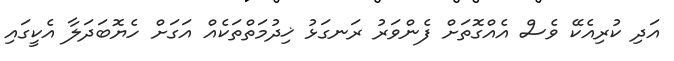
އަދި ކުރިއެކޭ ވެސް އެއްގޮތަށް ފެންވަރު ރަނގަޅު ޚިދުމަތްތަކެއް އަގަށް ހެޔޮބަދަލާ އެކީގައި